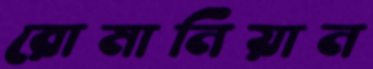
রোমানিয়ান